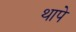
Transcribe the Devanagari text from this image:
थापे